Annual report of the Imperial Bacteriologist
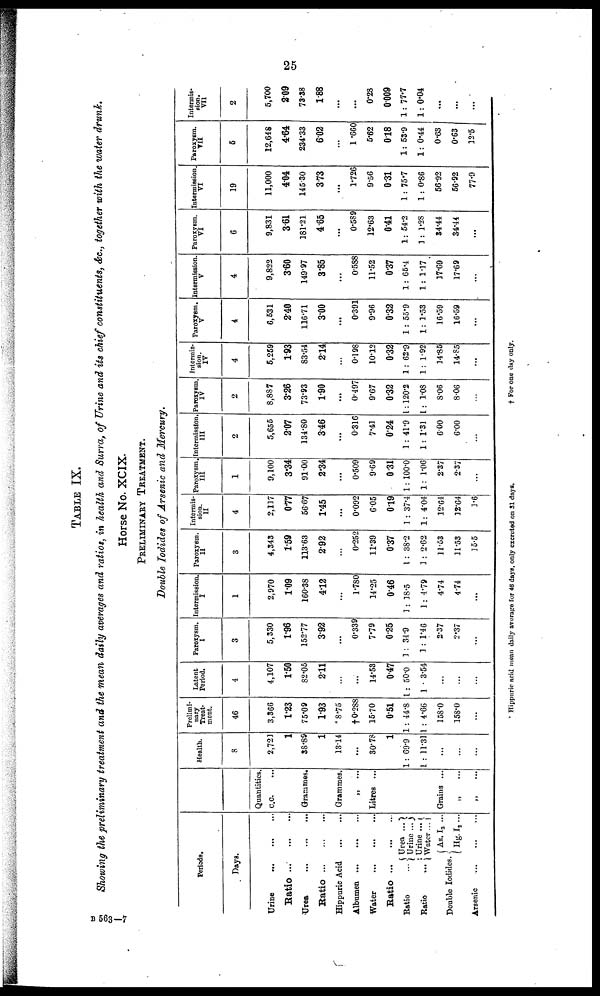
25
TABLE IX.
Showing the preliminary treatment and the mean daily averages and ratios, in health and Surra, of Urine and its chief constituents, &c., together with the water drunk.
Horse No. XCIX.
PRELIMINARY TREATMENT.
Double Iodides of Arsenic and Mercury.
Periods.
Days.
Urine
Ratio
Urea
Ratio
Hippuric Acid
Albumen
Water
Ratio
{ Urea ... }
Ratio
Urine...
... {Urine ...
Ratio
..
Water... }
{As. I 3 ...
Double Iodides.
Hg.I 2 ...
Arsenic
Quantities.
c.c.
Grammes.
Grammes.
„ ...
Litres ...
Grains ...
„ ...
„ ...
Health.
8
2,721
1
38.89
1
13.14
...
30.78
1
1 : 69.9
1 : 11.31
...
...
Prelimi-
nary
Treat-
ment.
46
3,366
1.23
75.09
1.93
*8.75
†0.288
15.70
0.51
1 : 44.8
1 : 4.66
158.0
158.0
...
Latent
Period.
4
4,107
1.50
82.05
2.11
...
...
14.53
0.47
1 : 50.0
1 . 3.54
...
....
...
Paroxysm.
3
5,330
1.96
152.77
3.92
...
0.339
7.79
0.25
1 : 34.9
1 : 1.46
2.37
2.37
...
Intermission.
1
2,970
1.09
160.38
4.12
...
1.780
14.25
0.46
1 : 18.5
1: 4.79
4.74
4.74
...
Paroxysm.
II
3
4,343
1.59
113.63
2.92
...
0.252
11.39
0.37
1 : 38.2
3 : 2.62
11.53
11.53
15.5
Intermis-
sion.
II
4
2,117
0.77
56.67
1.45
...
0.092
6.05
0.19
1: 37.4
1: 4.04
12.64
12.64
1.6
Paroxysm
III
1
9,100
3.34
91.00
2.34
...
0.509
9.69
0 .31
1: 100.0
1: 1.06
2.37
2.37
...
Intermission.
III
2
5,655
2.07
134.80
3.46
...
0.316
7.41
0.24
1: 41.9
1 : 1.31
6.00
6.00
...
Paroxysm.
IV
2
8,887
3.26
73.93
1.90
...
0.497
9.67
0.32
1: 120.2
1: 1.08
8.06
8.06
...
Intermis-
sion.
IV
4
5,259
1.93
83.54
2.14
...
0.198
10.12
0.32
1: 62.9
1: 1.92
14.85
14.85
...
Paroxysm.
V
4
6,531
2.40
116.71
3.00
...
0.391
9.96
0.32
1 : 55.9
1: 1.53
16.59
16.59
...
Intermission.
V
4
9,822
3.60
149.97
3.85
...
0.588
11.52
0.37
1: 65.4
1: 1.17
17.69
17.69
...
Paroxysm.
VI
6
9,831
3.61
181.21
4.65
...
0.589
12.63
0.41
1: 54.2
1 : 1.28
34.44
34.44
...
Intermission
VI
19
11,000
4.04
145.30
3.73
...
1.726
9.56
0.31
1 : 75.7
1 : 0.86
56.92
56.92
77.9
Paroxysm.
VII
5
12,648
4.64
234.33
6.02
...
1.660
5.62
0.18
1: 53.9
1: 0.44
0.63
0.63
12.5
Intermis-
sion.
VII
2
5,700
2.09
73.38
1.88
...
...
0.28
0.009
1: 77.7
1: 0.04
...
...
* Hippuric acid mean daily average for 46 days, only excreted on 31 days.
† For one day only.
B 563—7